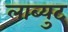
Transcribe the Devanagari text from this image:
लाब्युट